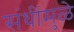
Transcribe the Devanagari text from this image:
संधींमुळे